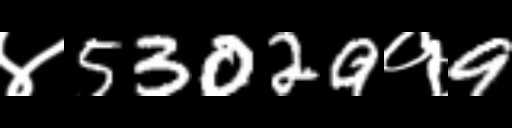
Text: ४53029१9